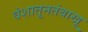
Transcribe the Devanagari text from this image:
वंशातूनतंबाखू